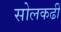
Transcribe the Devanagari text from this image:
सोलकढी